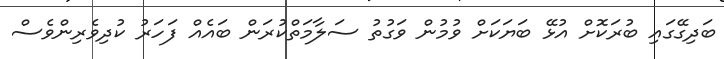
ބަދިގޭގައި ބުރަކޮށް އުޅޭ ބަޔަކަށް ވުމުން ވަގުތު ސަލާމަތްކުރަން ބައެއް ފަހަރު ކުދިވެރިންވެސް